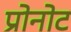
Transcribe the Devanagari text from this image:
प्रोनोट